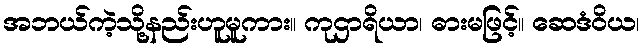
အဘယ်ကဲ့သို့နည်းဟူမူကား။ ကုဌာရိယာ၊ ဓားမဖြင့်။ ဆေဒံဝိယ၊